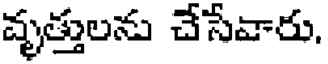
వృత్తులను చేసేవారు,